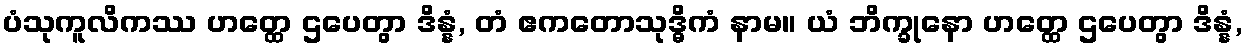
ပံသုကူလိကဿ ဟတ္ထေ ဌပေတွာ ဒိန္နံ, တံ ဧကတောသုဒ္ဓိကံ နာမ။ ယံ ဘိက္ခုနော ဟတ္ထေ ဌပေတွာ ဒိန္နံ,